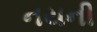
નયની